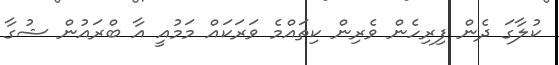
ކުލާގަ ދެން ފިރިހެން ވެރިން ކިތައްމެ ވަރަކައް މަމުއީ އާ ބްރައުން ޝުގާ